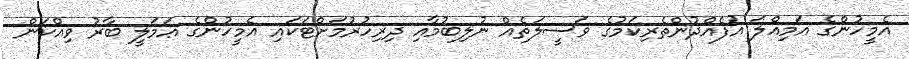
އެމީހުންގެ އަމިއްލަ އުފެއްދުންތެރިކަމުގެ ވަސީލަތެއް ނުލިބުމާއި ދިރިހުރުމަށްޓަކައި އެމީހުންގެ ޢަމަލީ ބާރު ވިއްކަން